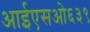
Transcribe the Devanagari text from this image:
आईएसओ६३९